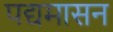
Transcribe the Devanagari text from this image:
पद्यमासन